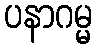
ပနာဂမ္မ